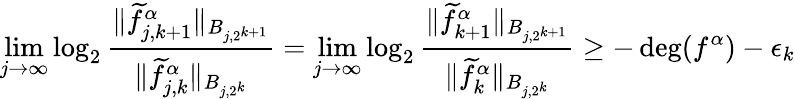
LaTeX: \operatorname*{lim}_{j\rightarrow\infty}\log_{2}\frac{\| \widetilde f_{j,{k+1}}^{\alpha}\| _{B_{j,2^{k+1}}}}{\| \widetilde f_{j,{k}}^{\alpha}\| _{B_{j,2^{k}}}}=\operatorname*{lim}_{j\rightarrow\infty}\log_{2}\frac{\| \widetilde f_{{k+1}}^{\alpha}\| _{B_{j,2^{k+1}}}}{\| \widetilde f_{{k}}^{\alpha}\| _{B_{j,2^{k}}}}\geq-\deg(f^{\alpha})-\epsilon_{k}